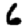
Digit: 6